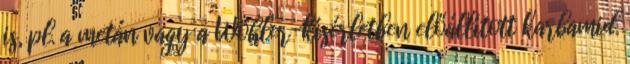
is, pl. a metán vagy a Wöhler-kísérletben előállított karbamid.